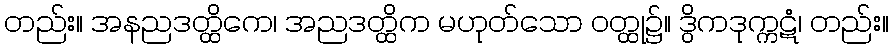
တည်း။ အနညဒတ္ထိကေ၊ အညဒတ္ထိက မဟုတ်သော ဝတ္ထု၌။ ဒွိကဒုက္ကဋံ၊ တည်း။